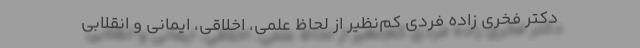
دکتر فخری زاده فردی کم‌نظیر از لحاظ علمی، اخلاقی، ایمانی و انقلابی